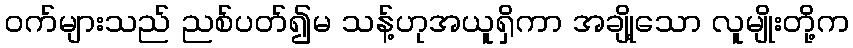
ဝက်များသည် ညစ်ပတ်၍မ သန့်ဟုအယူရှိကာ အချို့သော လူမျိုးတို့က